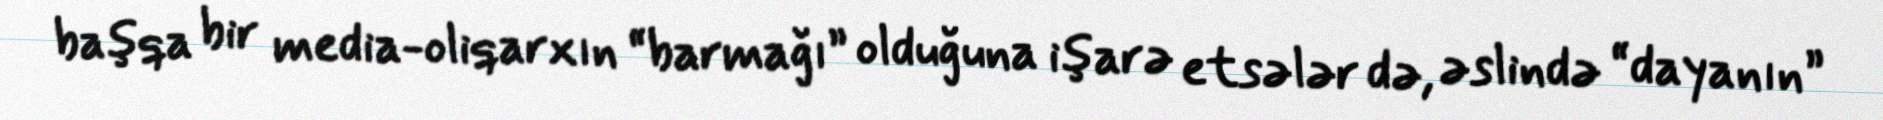
başqa bir media-oliqarxın “barmağı” olduğuna işarə etsələr də, əslində “dayanın”